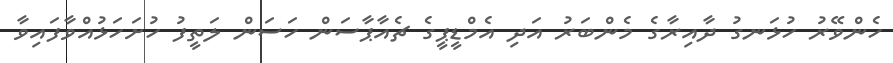
ހެންވޭރު ހުޅަނގު ދާއިރާގެ މެންބަރު އަދި އެމްޑީޕީގެ ޗެއާޕާސަން ހަސަން ލަތީފު ހުށަހަޅުއްވާފައިވާ